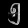
Digit: ၅